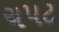
ચપટ